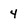
Character: 4